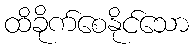
ထိခိုက်စေနိုင်သော